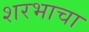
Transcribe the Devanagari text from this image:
शरभाचा